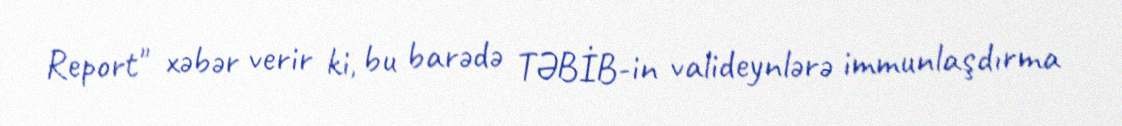
Report" xəbər verir ki, bu barədə TƏBİB-in valideynlərə immunlaşdırma